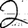
Digit: 2